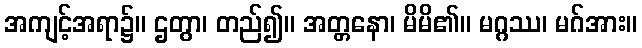
အကျင့်အရာ၌။ ဌတွာ၊ တည်၍။ အတ္တနော၊ မိမိ၏။ မဂ္ဂဿ၊ မဂ်အား။